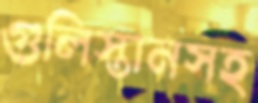
গুলিস্তানসহ